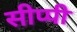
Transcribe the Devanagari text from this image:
सीप्पी